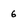
Character: 6